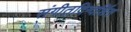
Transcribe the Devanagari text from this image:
संगीतदिग्दर्शित